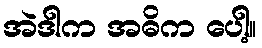
အဲဒါက အဓိက ပေါ့။